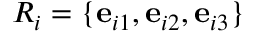
{ R } _ { i } = \{ \mathbf { e } _ { i 1 } , \mathbf { e } _ { i 2 } , \mathbf { e } _ { i 3 } \}